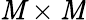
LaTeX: \mathit{M}\times\mathit{M}